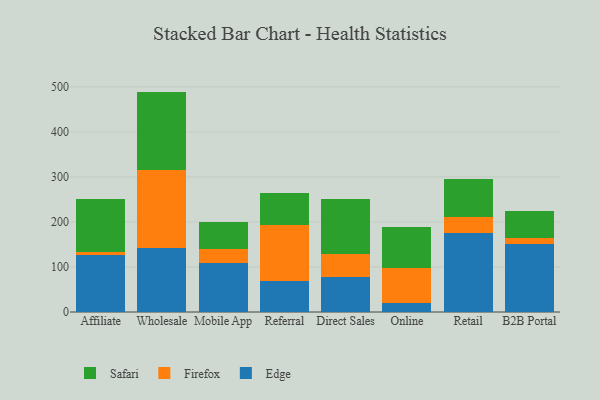
{"axis": {"x": "Channel", "y": "Headcount"}, "legend": ["Edge", "Firefox", "Safari"], "data": [{"x": "Affiliate", "y": 127.5, "type": "Edge"}, {"x": "Affiliate", "y": 5.1, "type": "Firefox"}, {"x": "Affiliate", "y": 119.0, "type": "Safari"}, {"x": "Wholesale", "y": 141.7, "type": "Edge"}, {"x": "Wholesale", "y": 173.4, "type": "Firefox"}, {"x": "Wholesale", "y": 174.4, "type": "Safari"}, {"x": "Mobile App", "y": 109.4, "type": "Edge"}, {"x": "Mobile App", "y": 29.5, "type": "Firefox"}, {"x": "Mobile App", "y": 61.1, "type": "Safari"}, {"x": "Referral", "y": 68.0, "type": "Edge"}, {"x": "Referral", "y": 126.2, "type": "Firefox"}, {"x": "Referral", "y": 70.5, "type": "Safari"}, {"x": "Direct Sales", "y": 77.6, "type": "Edge"}, {"x": "Direct Sales", "y": 51.5, "type": "Firefox"}, {"x": "Direct Sales", "y": 121.5, "type": "Safari"}, {"x": "Online", "y": 19.4, "type": "Edge"}, {"x": "Online", "y": 77.4, "type": "Firefox"}, {"x": "Online", "y": 92.8, "type": "Safari"}, {"x": "Retail", "y": 175.1, "type": "Edge"}, {"x": "Retail", "y": 36.8, "type": "Firefox"}, {"x": "Retail", "y": 82.8, "type": "Safari"}, {"x": "B2B Portal", "y": 151.2, "type": "Edge"}, {"x": "B2B Portal", "y": 12.6, "type": "Firefox"}, {"x": "B2B Portal", "y": 60.4, "type": "Safari"}]}